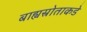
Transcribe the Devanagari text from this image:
बाह्यस्रोताकडे